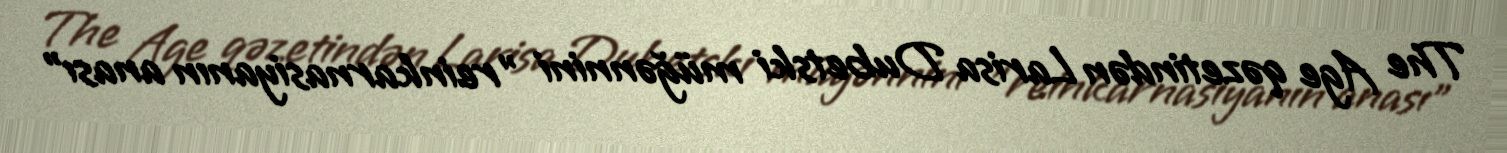
The Age qəzetindən Larisa Dubetski müğənnini "reinkarnasiyanın anası"